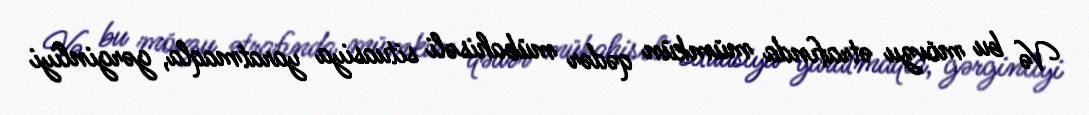
Və bu mövzu ətrafında mümkün qədər mübahisəli situasiya yaratmaqla, gərginliyi